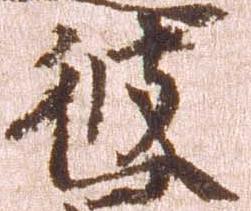
彼